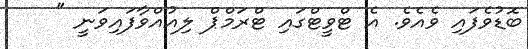
ބޮޑުވެފައި ވެއެވެ. އެ ޓްވީޓްގައި ޓްރަމްޕް ލިއުއްވާފައިވަނީ "